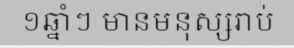
១ឆ្នាំៗ មានមនុស្សរាប់